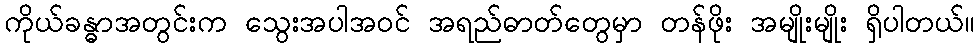
ကိုယ်ခန္ဓာအတွင်းက သွေးအပါအဝင် အရည်ဓာတ်တွေမှာ တန်ဖိုး အမျိုးမျိုး ရှိပါတယ်။